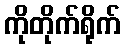
ကိုတိုက်ရိုက်